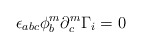
\begin{align*}\epsilon_{abc} \phi^m_b \partial^m_c \Gamma_i = 0\end{align*}